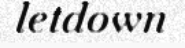
letdown